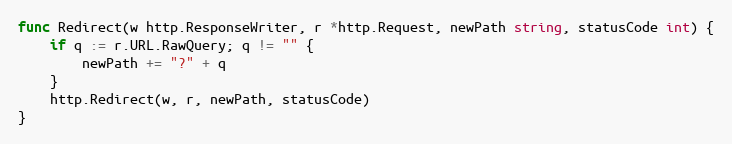
Language: Go
func Redirect(w http.ResponseWriter, r *http.Request, newPath string, statusCode int) {
	if q := r.URL.RawQuery; q != "" {
		newPath += "?" + q
	}
	http.Redirect(w, r, newPath, statusCode)
}